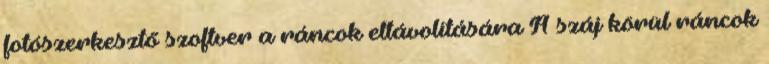
fotószerkesztő szoftver a ráncok eltávolítására A száj körül ráncok